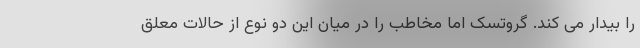
را بیدار می کند. گروتسک اما مخاطب را در میان این دو نوع از حالات معلق